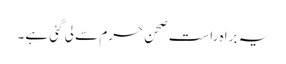
یہ براہ راست صحن حرم سے لی گئی ہے۔